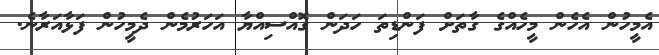
އެމީހުން އެހެން މީހެއްގެ ގާތަށް ފަންޑިތަ ހަދަން ގޮއްސިއްޔާ އަަހަރުމެން ދެމީހުން ފަޅާއަރާނެ.